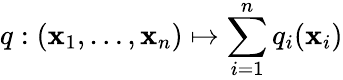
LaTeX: q:(\mathbf{x}_{1},\ldots,\mathbf{x}_{n})\mapsto\sum_{i=1}^{n}q_{i}(\mathbf{x}_{i})